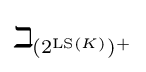
\beth _{(2^{\operatorname {LS} (K)})^{+}}